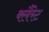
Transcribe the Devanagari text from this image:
क्लैरेट